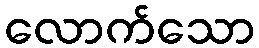
လောက်သော